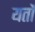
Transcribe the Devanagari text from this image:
यर्तों